Report of an investigation of the epidemic of malarial fever in Assam, or, kala-azar
Disease focus: Malaria
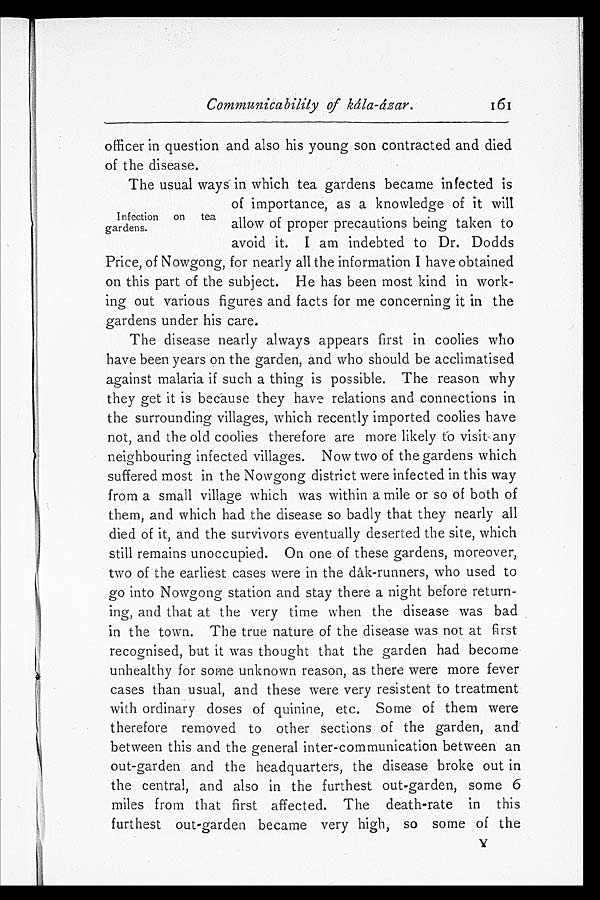
Communicability of kála-ázar.
161
officer in question and also his young son contracted and died
of the disease.
The usual ways in which tea gardens became infected is
of importance, as a knowledge of it will
allow of proper precautions being taken to
avoid it. I am indebted to Dr. Dodds
Price, of Nowgong, for nearly all the information I have obtained
on this part of the subject. He has been most kind in work-
ing out various figures and facts for me concerning it in the
gardens under his care.
The disease nearly always appears first in coolies who
have been years on the garden, and who should be acclimatised
against malaria if such a thing is possible. The reason why
they get it is because they have relations and connections in
the surrounding villages, which recently imported coolies have
not, and the old coolies therefore are more likely to visit any
neighbouring infected villages. Now two of the gardens which
suffered most in the Nowgong district were infected in this way
from a small village which was within a mile or so of both of
them, and which had the disease so badly that they nearly all
died of it, and the survivors eventually deserted the site, which
still remains unoccupied. On one of these gardens, moreover,
two of the earliest cases were in the dâk-runners, who used to
go into Nowgong station and stay there a night before return-
ing, and that at the very time when the disease was bad
in the town. The true nature of the disease was not at first
recognised, but it was thought that the garden had become
unhealthy for some unknown reason, as there were more fever
cases than usual, and these were very resistent to treatment
with ordinary doses of quinine, etc. Some of them were
therefore removed to other sections of the garden, and
between this and the general inter-communication between an
out-garden and the headquarters, the disease broke out in
the central, and also in the furthest out-garden, some 6
miles from that first affected. The death-rate in this
furthest out-garden became very high, so some of the Y
Infection on tea
gardens.